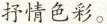
抒情色彩。